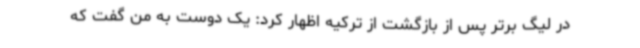
در لیگ برتر پس از بازگشت از ترکیه اظهار کرد: یک دوست به من گفت که